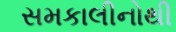
સમકાલીનોથી